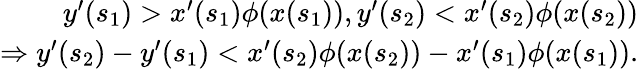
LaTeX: \begin{array}{r}{y^{\prime}(s_{1})>x^{\prime}(s_{1})\phi(x(s_{1})),y^{\prime}(s_{2})<x^{\prime}(s_{2})\phi(x(s_{2}))}\\ {\Rightarrow y^{\prime}(s_{2})-y^{\prime}(s_{1})<x^{\prime}(s_{2})\phi(x(s_{2}))-x^{\prime}(s_{1})\phi(x(s_{1})).}\end{array}